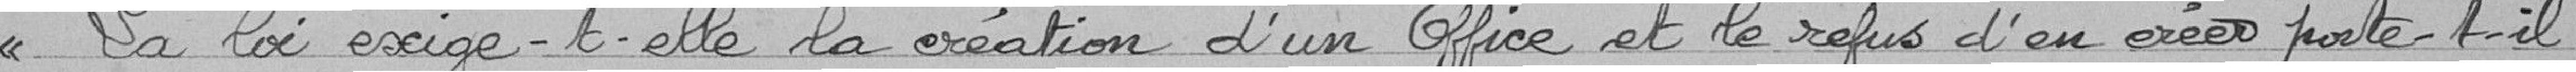
"La loi exige-telle la création d'un office et le refus d'en créer porte-t-il